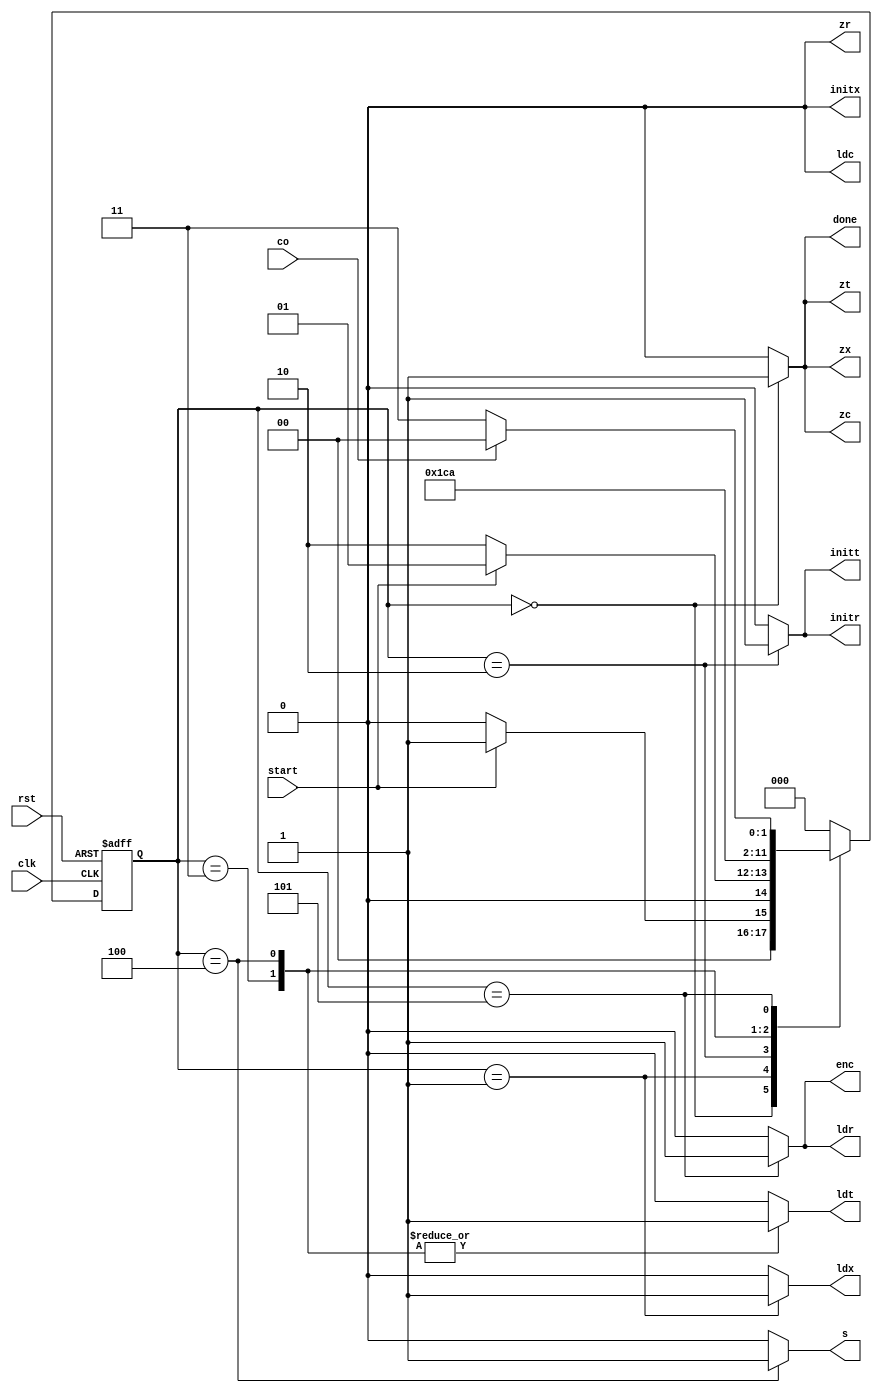
module controller(input clk,rst,start,co,
		    output reg done, zx,initx,ldx, zt,initt,ldt, zr,initr,ldr, zc,ldc,enc, s);

	reg [2:0] ps, ns;
	parameter [2:0]
	Idle = 0, Initialization = 1, Begin = 2, Mult1 = 3, Mult2 = 4, Add=5;
	always@(ps,co,start)begin
		ns = Idle;
		case(ps)
			Idle:
				ns = (start)? Initialization : Idle;
			Initialization:
				ns = (start)? Initialization : Begin;
			Begin:
				ns = Mult1;
			Mult1:
				ns = Mult2;
			Mult2:
				ns = Add;
			Add:
				ns = (co)? Idle : Mult1;
		endcase
	end

	always@(ps,co,start)begin
	done = 1'b0; zx = 1'b0; initx = 1'b0; ldx = 1'b0; zt = 1'b0; initt = 1'b0; ldt = 1'b0; 
	zr = 1'b0; initr = 1'b0; ldr = 1'b0;  zc = 1'b0; ldc = 1'b0; enc = 1'b0; s = 1'b0;
		case(ps)
			Idle:begin
				zx = 1'b1;
				zt = 1'b1;
				//zr = 1'b1;
				zc = 1'b1;
				done = 1'b1;
			end
			Initialization: begin
				ldx = 1'b1;
			end
			Begin:begin
				initr = 1'b1;
				initt = 1'b1;
			end
			Mult1:begin
				s = 1'b0;
				ldt = 1'b1;
			end
			Mult2:begin
				s = 1'b1;
				ldt = 1'b1;
			end
			Add:begin
				enc =1'b1;
				ldr = 1'b1;
			end
		endcase
	end

	always@(posedge clk,posedge rst)begin
		if(rst == 1'b1)
			ps <= Idle;
		else
			ps <= ns;
	end
endmodule